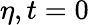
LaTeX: \eta,t=0